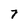
Character: 7